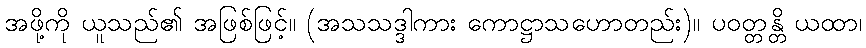
အဖို့ကို ယူသည်၏ အဖြစ်ဖြင့်။ (အသသဒ္ဒါကား ကောဋ္ဌာသဟောတည်း)။ ပဝတ္တန္တိ ယထာ၊